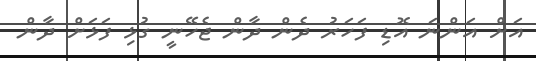
އަށް އަންނަ އޮޑި ފަހަރު ދެން ދާން ޖެހޭނީ ގުޅި ފަޅަށް ދާން